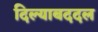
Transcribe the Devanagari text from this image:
दिल्याबददल